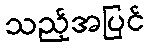
သည့်အပြင်